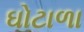
ઘોટાળા